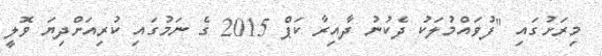
މިރަށުގައި "ފުވައްމުލަކު ދެކުނު ދާއިރާ ކަޕް 2015 ގެ ނަމުގައި ކުރިއަށްދިޔަ ވޮލީ